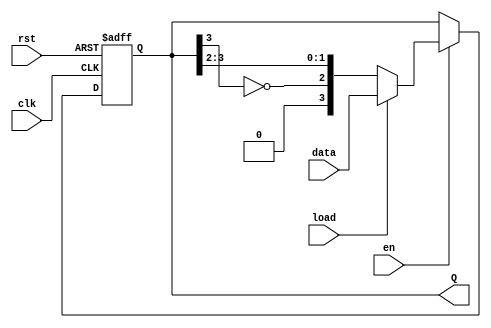
module johnson_counter (
    input wire clk,          // Clock input
    input wire rst,          // Asynchronous reset
    input wire en,          // Counter enable
    input wire load,        // Load control
    input wire [3:0] data,  // Data input for loading
    output reg [3:0] Q       // Output state of the counter
);

    // Define the number of flip-flops
    parameter N = 4;

    always @(posedge clk or posedge rst) begin
        // Asynchronous reset
        if (rst) begin
            Q <= 4'b0000;  // Reset counter to 0
        end
        else if (en) begin
            if (load) begin
                Q <= data;  // Load specific value into the counter
            end
            else begin
                // Johnson counter logic: shifting with inverted last flip-flop output
                Q <= {~Q[N-1], Q[N-1:N-2]};  // Shift and feed last inverted to first
            end
        end
    end

endmodule